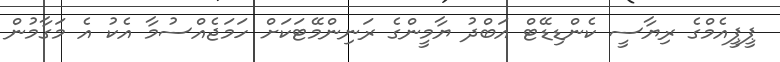
ޕީޕީއެމްގެ ރިޔާސީ ކެންޑިޑޭޓް އަބްދު ޔާމީންގެ ރަނިންމޭޓަކަށް ހަމަޖެއްސުމާ އެކު އެ މަގާމުން